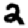
Digit: 2